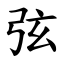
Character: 弦